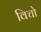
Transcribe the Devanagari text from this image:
विचो